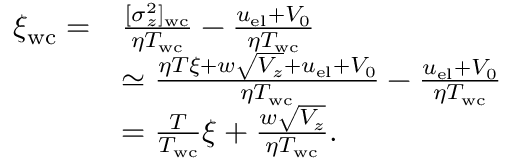
\begin{array} { r l } { \xi _ { \mathrm { w c } } = } & { \frac { [ \sigma _ { z } ^ { 2 } ] _ { \mathrm { w c } } } { \eta T _ { \mathrm { w c } } } - \frac { u _ { \mathrm { e l } } + V _ { 0 } } { \eta T _ { \mathrm { w c } } } } \\ & { \simeq \frac { \eta T \xi + w \sqrt { V _ { z } } + u _ { \mathrm { e l } } + V _ { 0 } } { \eta T _ { \mathrm { w c } } } - \frac { u _ { \mathrm { e l } } + V _ { 0 } } { \eta T _ { \mathrm { w c } } } } \\ & { = \frac { T } { T _ { \mathrm { w c } } } \xi + \frac { w \sqrt { V _ { z } } } { \eta T _ { \mathrm { w c } } } . } \end{array}